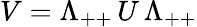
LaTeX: V=\Lambda_{++}\, U\, \Lambda_{++}